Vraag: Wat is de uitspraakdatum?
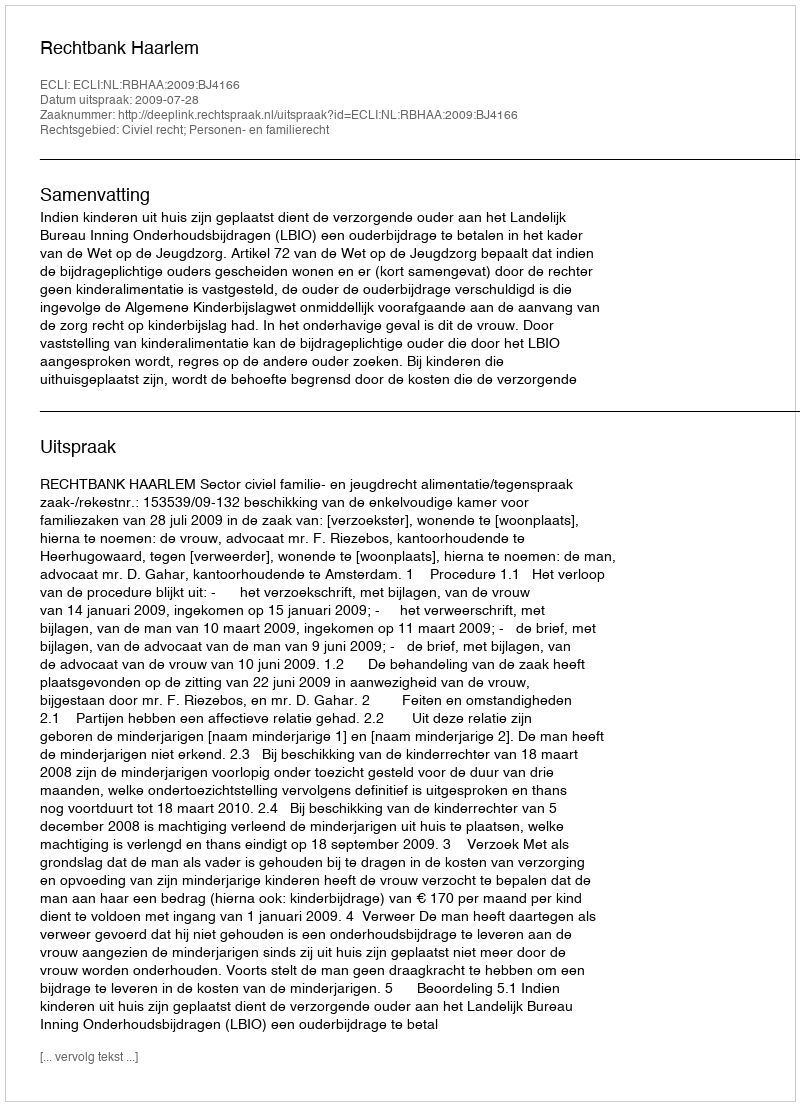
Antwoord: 2009-07-28